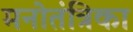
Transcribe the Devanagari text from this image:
मनोतंत्रिका